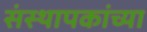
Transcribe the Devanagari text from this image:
संस्थापकांच्या